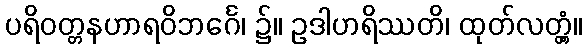
ပရိဝတ္တနဟာရဝိဘင်္ဂေ၊ ၌။ ဥဒါဟရိဿတိ၊ ထုတ်လတ္တံ့။